Scottish Certificate of Education, 1962
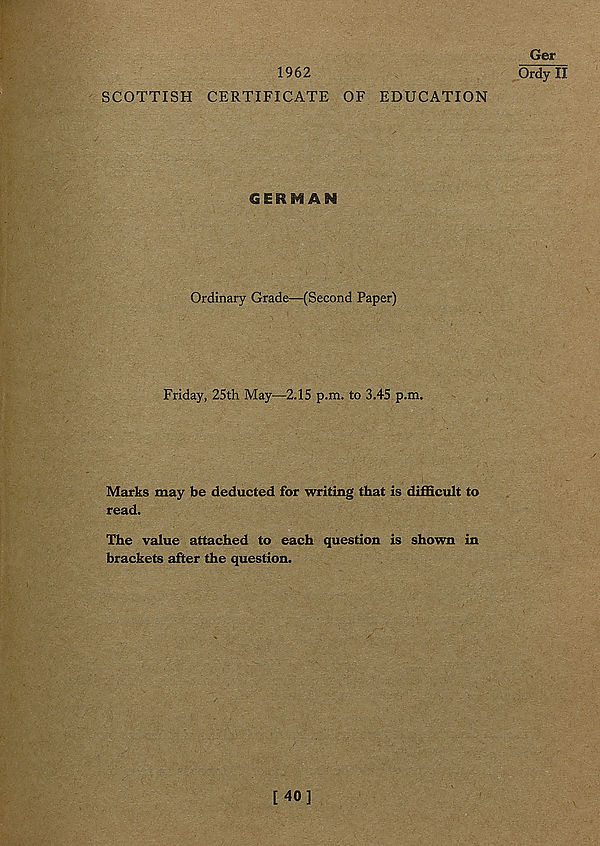
1962
SCOTTISH CERTIFICATE OF EDUCATION
GERMAN
Ordinary Grade—(Second Paper)
Friday, 25th May—2.15 p.m. to 3.45 p.m.
Marks may be deducted for writing that is difficult to
read.
The value attached to each question is shown in
brackets after the question.
Ger
Ordy II
[40]